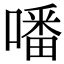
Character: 噃